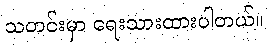
သတင်းမှာ ရေးသားထားပါတယ်။